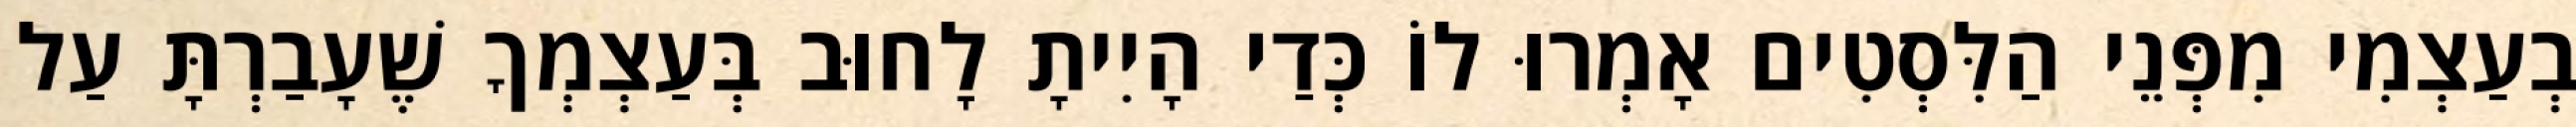
בְעַצְמִי מִפְּנֵי הַלִּסְטִים אָמְרוּ לוֹ כְּדַי הָיִיתָ לָחוּב בְּעַצְמְךָ שֶׁעָבַרְתָּ עַל